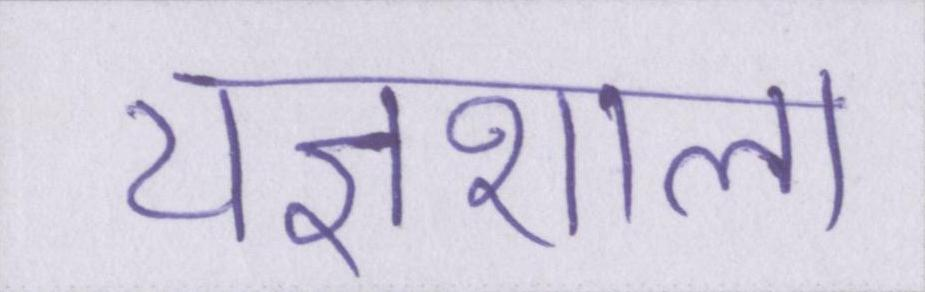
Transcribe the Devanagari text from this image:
यज्ञशाला